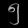
Digit: ၅